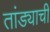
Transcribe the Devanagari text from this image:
तांड्याची